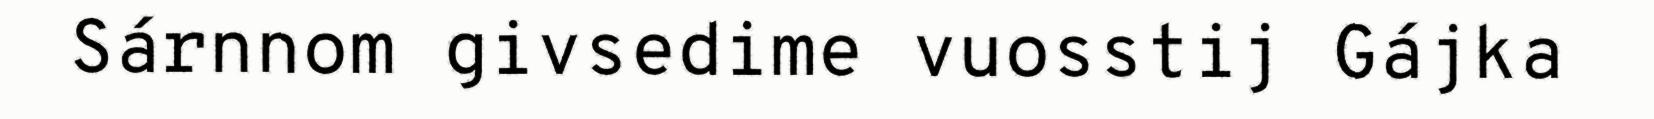
Sárnnom givsedime vuosstij Gájka